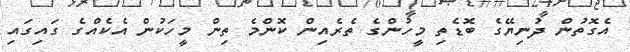
އެގޮތުން ދުނިޔޭގެ ބޮޑެތި މީހުންގެ ތެރެއިން ކޮންމެ ތިން މީހަކުން އެކެއްގެ ގައިގައި